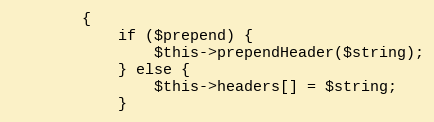
Language: PHP
		{
			if ($prepend) {
				$this->prependHeader($string);
			} else {
				$this->headers[] = $string;
			}